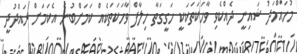
މުހައްމަދު ޝައިނީ ދެއްކެވި ވާހަކަތަކަކީ ހަގީގަތާ ހިލާފް ވާހަކަތަކެއް ކަމަށްބުނެ އެކަމަށް ރައްދުދީ